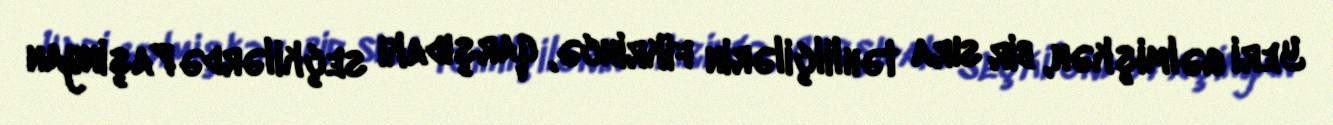
Yeri gəlmişkən, bir sıra təhlilçilərin fikrincə, qarşıdakı seçkilərdə Paşinyan